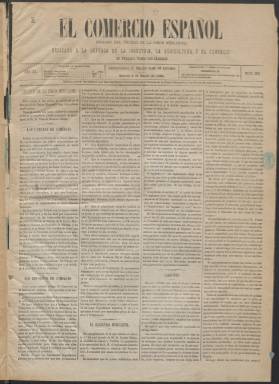
Título: El Comercio español (Madrid)
Colección: Periódicos || Economía
Ámbito geográfico: Madrid
Lugar de publicación: Madrid
Fechas: 02/01/1886-31/12/1887